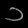
Digit: ၁